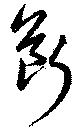
斷